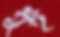
ধুই